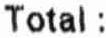
TOTAL :